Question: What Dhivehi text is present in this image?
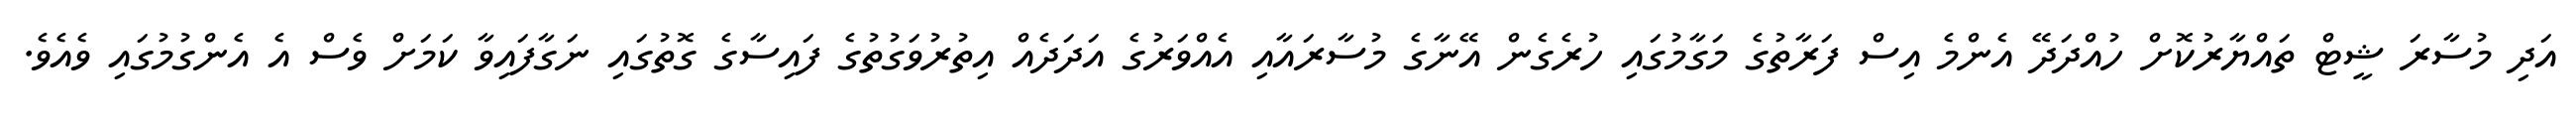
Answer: އަދި މުސާރަ ޝީޓް ތައްޔާރުކޮށް ހުއްދަދޭ އެންމެ އިސް ފަރާތުގެ މަގާމުގައި ހުރެގެން އޭނާގެ މުސާރައާއި އެއްވަރުގެ އަދަދެއް އިތުރުވަގުތުގެ ފައިސާގެ ގޮތުގައި ނަގާފައިވާ ކަމަށް ވެސް އެ އެންގުމުގައި ވެއެވެ.